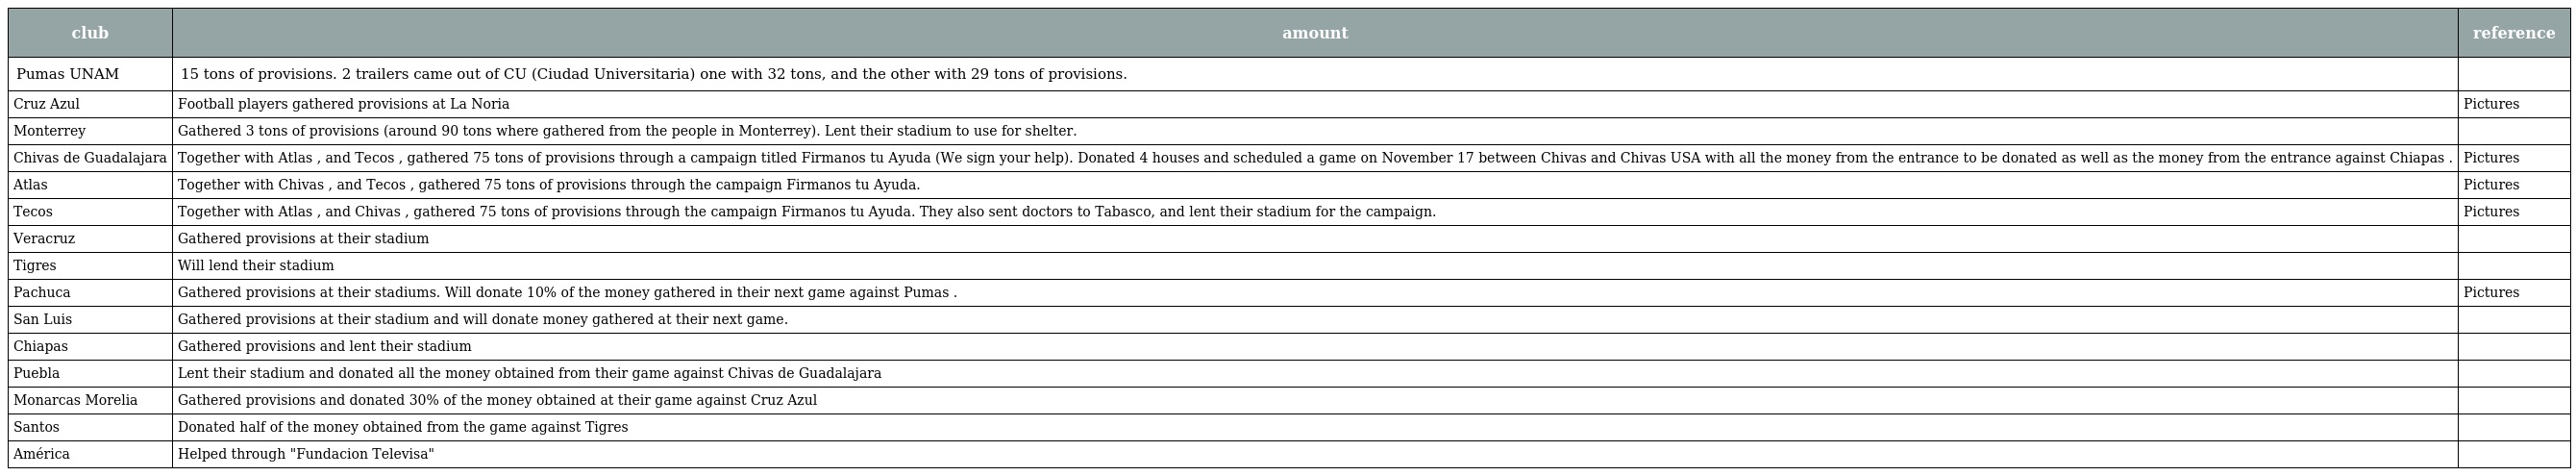
| club | amount | reference |
 | --- | --- | --- |
 | Pumas UNAM | 15 tons of provisions. 2 trailers came out of CU (Ciudad Universitaria) one with 32 tons, and the other with 29 tons of provisions. |  |
 | Cruz Azul | Football players gathered provisions at La Noria | Pictures |
 | Monterrey | Gathered 3 tons of provisions (around 90 tons where gathered from the people in Monterrey). Lent their stadium to use for shelter. |  |
 | Chivas de Guadalajara | Together with Atlas , and Tecos , gathered 75 tons of provisions through a campaign titled Firmanos tu Ayuda (We sign your help). Donated 4 houses and scheduled a game on November 17 between Chivas and Chivas USA with all the money from the entrance to be donated as well as the money from the entrance against Chiapas . | Pictures |
 | Atlas | Together with Chivas , and Tecos , gathered 75 tons of provisions through the campaign Firmanos tu Ayuda. | Pictures |
 | Tecos | Together with Atlas , and Chivas , gathered 75 tons of provisions through the campaign Firmanos tu Ayuda. They also sent doctors to Tabasco, and lent their stadium for the campaign. | Pictures |
 | Veracruz | Gathered provisions at their stadium |  |
 | Tigres | Will lend their stadium |  |
 | Pachuca | Gathered provisions at their stadiums. Will donate 10% of the money gathered in their next game against Pumas . | Pictures |
 | San Luis | Gathered provisions at their stadium and will donate money gathered at their next game. |  |
 | Chiapas | Gathered provisions and lent their stadium |  |
 | Puebla | Lent their stadium and donated all the money obtained from their game against Chivas de Guadalajara |  |
 | Monarcas Morelia | Gathered provisions and donated 30% of the money obtained at their game against Cruz Azul |  |
 | Santos | Donated half of the money obtained from the game against Tigres |  |
 | América | Helped through "Fundacion Televisa" |  |